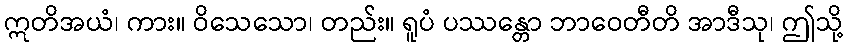
ဣတိအယံ၊ ကား။ ဝိသေသော၊ တည်း။ ရူပံ ပဿန္တော ဘာဝေတီတိ အာဒီသု၊ ဤသို့